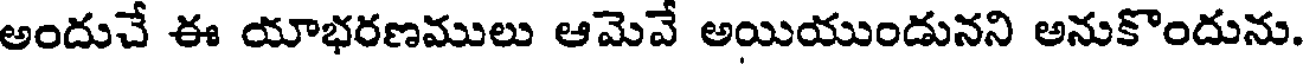
అందుచే ఈ యాభరణములు ఆమెవే అయియుండునని అనుకొందును.